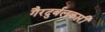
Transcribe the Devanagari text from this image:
गैरदुर्बलकारी